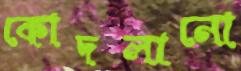
কোদলানো